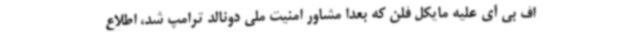
اف بی آی علیه مایکل فلن که بعدا مشاور امنیت ملی دونالد ترامپ شد، اطلاع